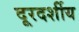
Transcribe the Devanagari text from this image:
दूरदर्शीय